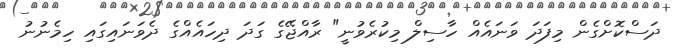
ދަސްކޮށްގެން މިފަދަ ވަނައެއް ހާސިލް މިކުރެވުނީ" ރާއްޖޭގެ ގަދަ ދިހައެއްގެ ދެވަނައިގައި ހިމެނުނު